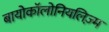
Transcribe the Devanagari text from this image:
बायोकॉलोनियलिज़्म